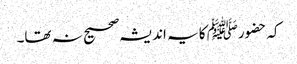
کہ حضورﷺ کا یہ اندیشہ صحیح نہ تھا۔